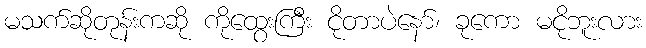
မသက်ဆိုတုန်းကဆို ကိုထွေးကြီး ငိုတာပဲနော်၊ ခုကော မငိုဘူးလား